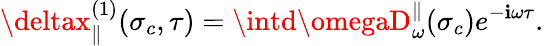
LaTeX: \deltax_{\parallel}^{(1)}(\sigma_{c},\tau)=\intd\omegaD_{\omega}^{\parallel}(\sigma_{c})e^{-\mathbf{i}\omega\tau}.